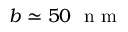
b \simeq 5 0 \ \mathrm { ~ n ~ m ~ }